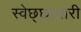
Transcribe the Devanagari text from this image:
स्वेछ्छाचारी